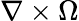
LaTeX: \nabla\times\Omega